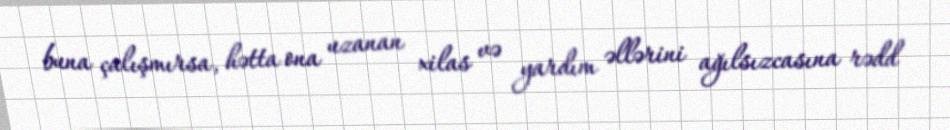
buna çalışmırsa, hətta ona uzanan xilas və yardım əllərini ağılsızcasına rədd